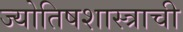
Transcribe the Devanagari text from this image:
ज्योतिषशास्त्राची